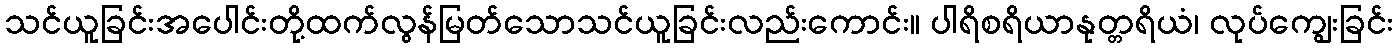
သင်ယူခြင်းအပေါင်းတို့ထက်လွန်မြတ်သောသင်ယူခြင်းလည်းကောင်း။ ပါရိစရိယာနုတ္တရိယံ၊ လုပ်ကျွေးခြင်း